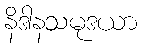
နိဒါနသမုဒယာ